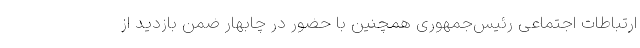
ارتباطات اجتماعی رئیس‌جمهوری همچنین با حضور در چابهار ضمن بازدید از